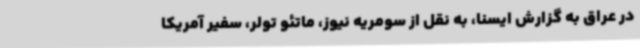
در عراق به گزارش ایسنا، به نقل از سومریه نیوز، ماتئو تولر، سفیر آمریکا